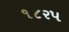
૧૮રપ